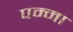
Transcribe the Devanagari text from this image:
पम्मा